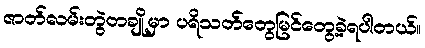
ဇာတ်လမ်းတွဲတချို့မှာ ပရိသတ်တွေမြင်တွေ့ခဲ့ရပါတယ်။